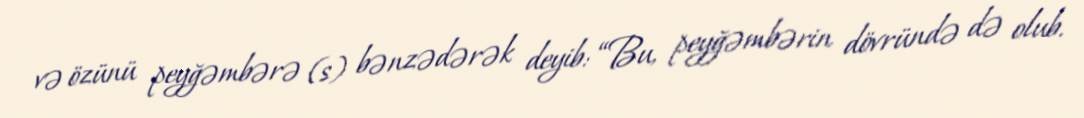
və özünü peyğəmbərə (s) bənzədərək deyib: “Bu, peyğəmbərin dövründə də olub.